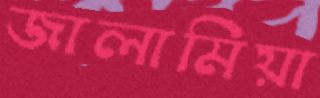
জালামিয়া